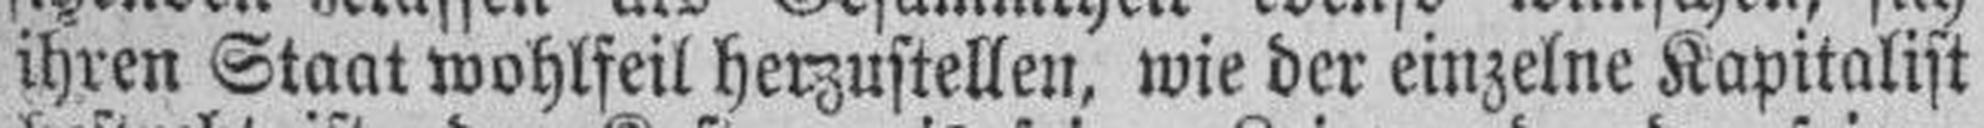
ihren Staat wohlfeil herzustellen, wie der einzelne Kapitalist